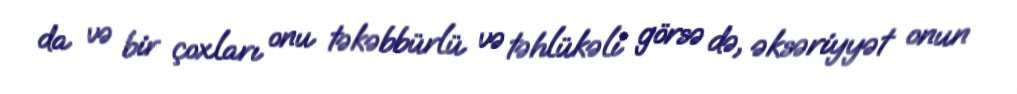
da və bir çoxları onu təkəbbürlü və təhlükəli görsə də, əksəriyyət onun